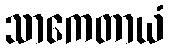
သာကေတာယံ